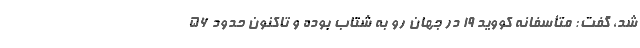
شد، گفت: متأسفانه کووید 19 در جهان رو به شتاب بوده و تاکنون حدود 56